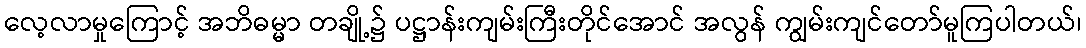
လေ့လာမှုကြောင့် အဘိဓမ္မာ တချို့၌ ပဋ္ဌာန်းကျမ်းကြီးတိုင်အောင် အလွန် ကျွမ်းကျင်တော်မူကြပါတယ်၊